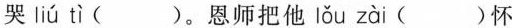
哭 liú tì ( )。恩师把他 lǒu zài ( )怀